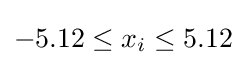
-5.12\leq x_{i}\leq 5.12